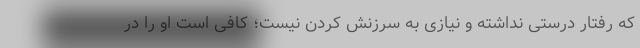
که رفتار درستی نداشته و نیازی به سرزنش کردن نیست؛ کافی است او را در